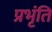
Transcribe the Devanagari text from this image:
प्रभृंति